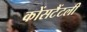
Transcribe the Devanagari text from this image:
कोंसटैंटली